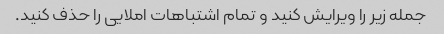
جمله زیر را ویرایش کنید و تمام اشتباهات املایی را حذف کنید.